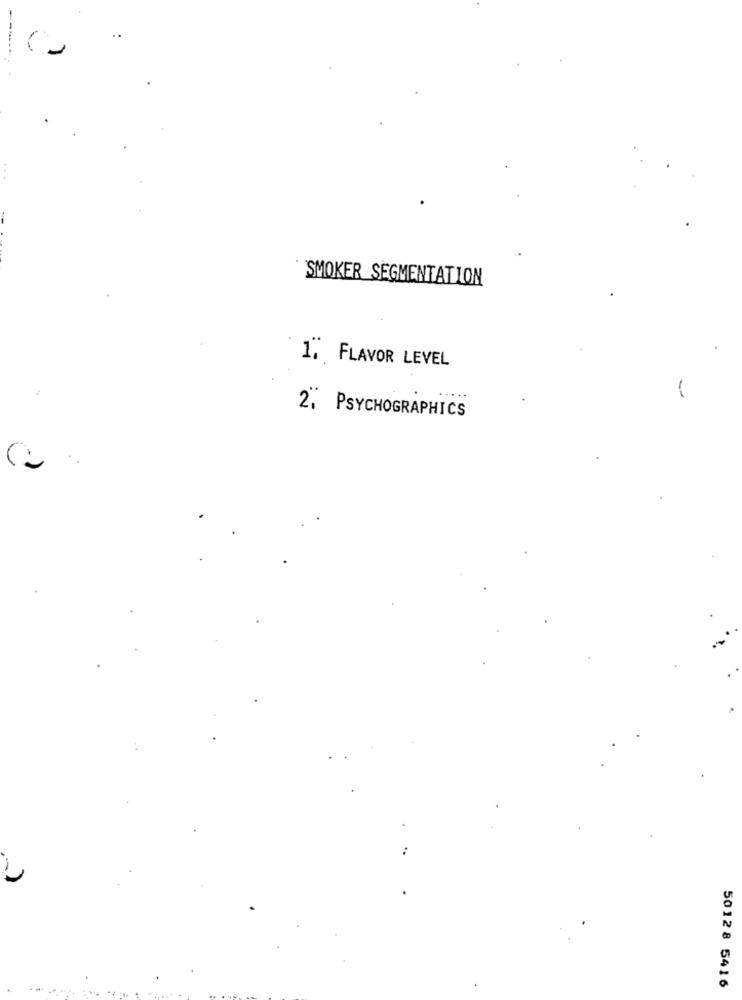
---
..
SMOKER SEGMENTATION
1. FLAVOR LEVEL
2, PSYCHOGRAPHICS
50128 5416